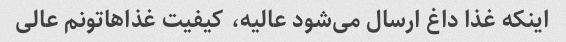
اینکه غذا داغ ارسال می‌شود عالیه، کیفیت غذاهاتونم عالی